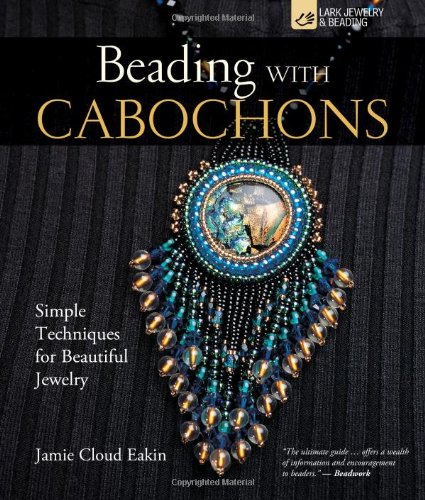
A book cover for Beading with Cabochons: Simple Techniques for Beautiful Jewelry (Lark Jewelry Books); Jamie Cloud Eakin; Crafts, Hobbies & Home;